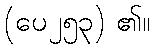
(ပေ၂၅၃) ၏။